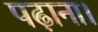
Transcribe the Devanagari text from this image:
पढ़ाना।